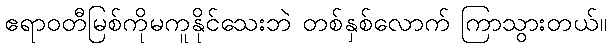
ဧရာဝတီမြစ်ကိုမကူနိုင်သေးဘဲ တစ်နှစ်လောက် ကြာသွားတယ်။